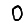
Digit: 0